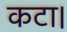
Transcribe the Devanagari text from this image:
कटा।